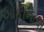
ઓકીનાવા